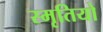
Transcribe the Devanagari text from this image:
स्मृतियो